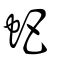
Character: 蚆